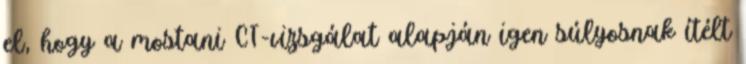
el, hogy a mostani CT-vizsgálat alapján igen súlyosnak ítélt